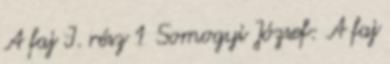
A faj I. rész 1 Somogyi József: A faj